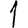
Digit: 1